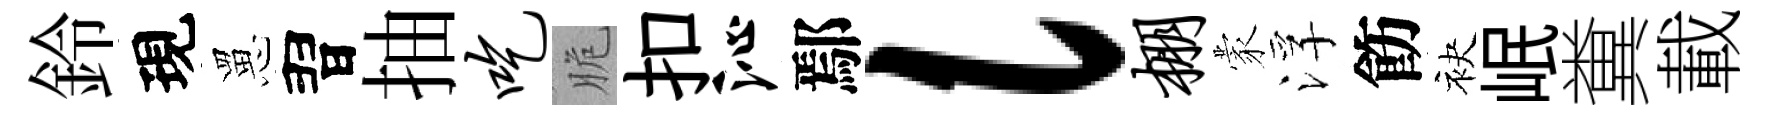
鈴現罳習抽吃脆扣沁鄢l棚蒙浮飭袂岷糞載